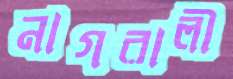
নাগরালী